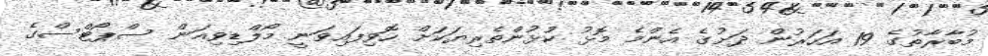
މުބާރާތުގެ 19 އަހަރުން ދަށުގެ އެންމެ މޮޅު ކުޅުންތެރިޔަކަށް ހޮވިފައިވަނީ މޯލްޑިވިއަން ސްޕޯޓްސްގެ